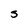
Character: S